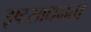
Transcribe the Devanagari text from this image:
इष्टसाधनत्व